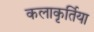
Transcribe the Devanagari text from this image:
कलाकृर्तिया